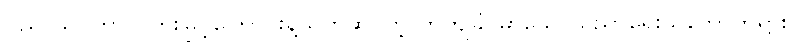
ပညာသင်ကာလတိုးမြှင့်ကြောင်းနဲ့သက်ဆိုင်တဲ့ တိကျခိုင်မာသော ပညာရေးသဘောတရား/